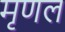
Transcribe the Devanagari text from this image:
मृणल